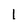
Character: l